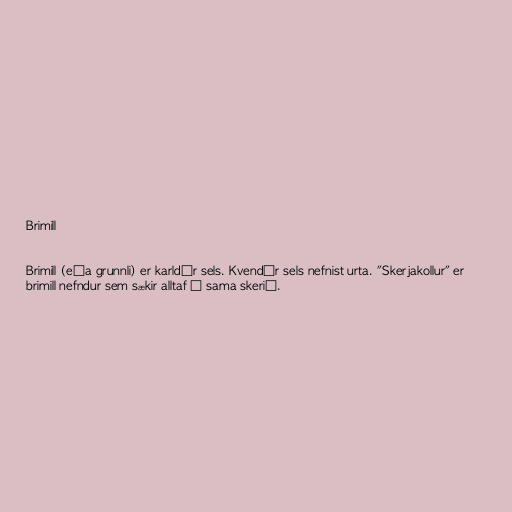
Brimill

Brimill (eða grunnli) er karldýr sels. Kvendýr sels nefnist urta. "Skerjakollur" er
brimill nefndur sem sækir alltaf í sama skerið.